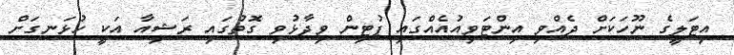
އިޓަލީގެ ނޫހަކަށް ދެއްވި އިންޓަވިއުއެއްގައި ޕުޓިން ވިދާޅުވި ގޮތުގައި ރަޝިއާ އަކީ ހުޅަނގަށް